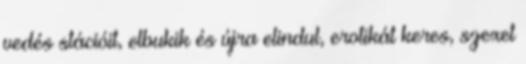
vedés stációit, elbukik és újra elindul, erotikát keres, szexet